Annual administration report of the Civil Veterinary Department of India - 1898-1899
Year: 1898
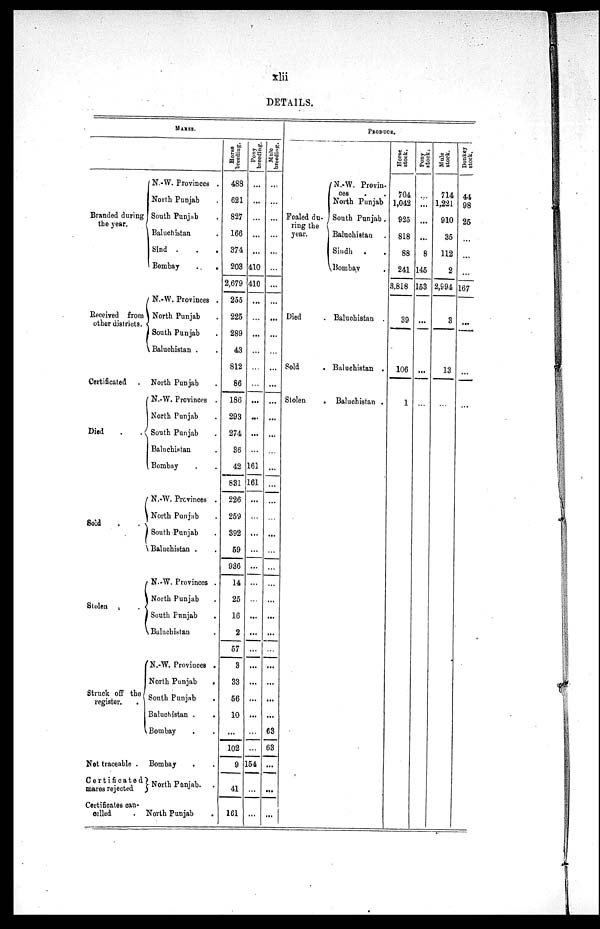
xlii
DETAILS.
MARES.
Branded during
the year.
{
N.-W. Provinces .
North Punjab .
South Punjab
.
Baluchistan .
Sind .
.
.
Bombay
.
.
Received from
other districts.
Certificated .
Died
.
. {
Sold . . {
Stolen. {
Struck off the
register. . {
Not traceable .
Certificated
mares rejected
Certificates can-
celled .
N.-W. Provinces .
North Punjab
.
South Punjab .
Baluchistan . .
North Punjab .
N.-W. Provinces .
North Punjab .
South Punjab .
Baluchistan .
Bombay . .
N.-W. Provinces .
North Punjab
.
South Punjab .
Baluchistan . .
N. W. Provinces .
North Punjab
.
South Punjab .
Baluchistan .
N.-W. Provinces .
North Punjab
.
South Punjab .
Baluchistan . .
Bombay . .
Bombay . .
} North Punjab. .
North Punjab .
Horse
breeding.
488
621
827
166
374
203
2,679
255
225
289
43
812
86
186
293
274
36
42
831
226
259
392
59
936
14
25
16
2
57
3
33
56
10
...
102
9
41
161
Pony
breeding.
...
...
...
...
...
410
410
...
...
...
...
...
...
...
...
...
...
161
161
...
...
...
...
...
...
...
...
...
...
...
...
...
...
...
...
154
...
...
Mule
breeding.
...
...
...
...
...
...
...
...
...
...
...
...
...
...
...
...
...
...
...
...
...
...
...
...
...
...
...
...
...
...
...
...
...
63
63
...
...
...
PRODUCE.
Foaled du-
ring the
year. {
N.W. Provin-
ces . .
North Punjab
South Punjab .
Baluchistan .
Sindh . .
Bombay .
Died .
Baluchistan .
Sold .
Baluchistan .
Stolen .
Baluchistan .
Horse
stock.
704
1,042
925
818
88
241
3,818
39
106
1
Pony
stock.
...
...
...
...
8
145
153
...
...
...
Mule
stock.
714
1,221
910
35
112
2
2,994
3
13
...
Donkey
stock.
44
98
25
...
...
...
167
...
...
...